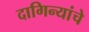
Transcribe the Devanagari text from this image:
दागिन्यांचे